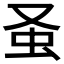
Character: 𧈡